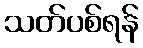
သတ်ပစ်ရန်